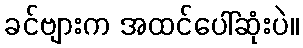
ခင်ဗျားက အထင်ပေါ်ဆုံးပဲ။